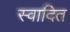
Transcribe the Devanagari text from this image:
स्वादित